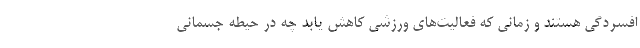
افسردگی هستند و زمانی که فعالیت‌های ورزشی کاهش یابد چه در حیطه جسمانی